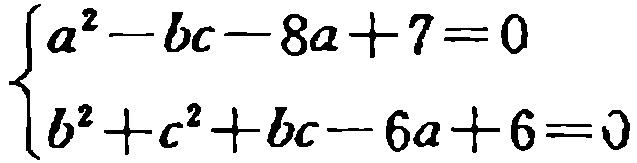
\(\begin{cases}
a^{2}-bc - 8a + 7 = 0 \\
b^{2}+c^{2}+bc - 6a + 6 = 0
\end{cases}\)